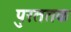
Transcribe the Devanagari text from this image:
पुरततक